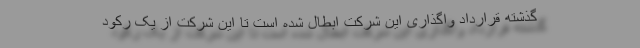
گذشته قرارداد واگذاری این شرکت ابطال شده است تا این شرکت از یک رکود